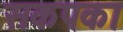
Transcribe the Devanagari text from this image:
सकपका